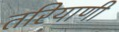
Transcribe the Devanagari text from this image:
तरियाणी